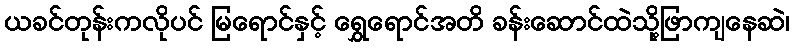
ယခင်တုန်းကလိုပင် မြရောင်နှင့် ရွှေရောင်အတိ ခန်းဆောင်ထဲသို့ဖြာကျနေဆဲ၊